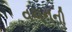
વચનની